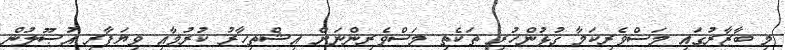
މި ބާޒާރުގައި މަސްވެރިކަމާ ގުޅުންހުރި ތަކެތި މަސްވެރިންނަށް އިޝްތިހާރު ކުރުމާއި ވިޔަފާރި އުޞޫލުން